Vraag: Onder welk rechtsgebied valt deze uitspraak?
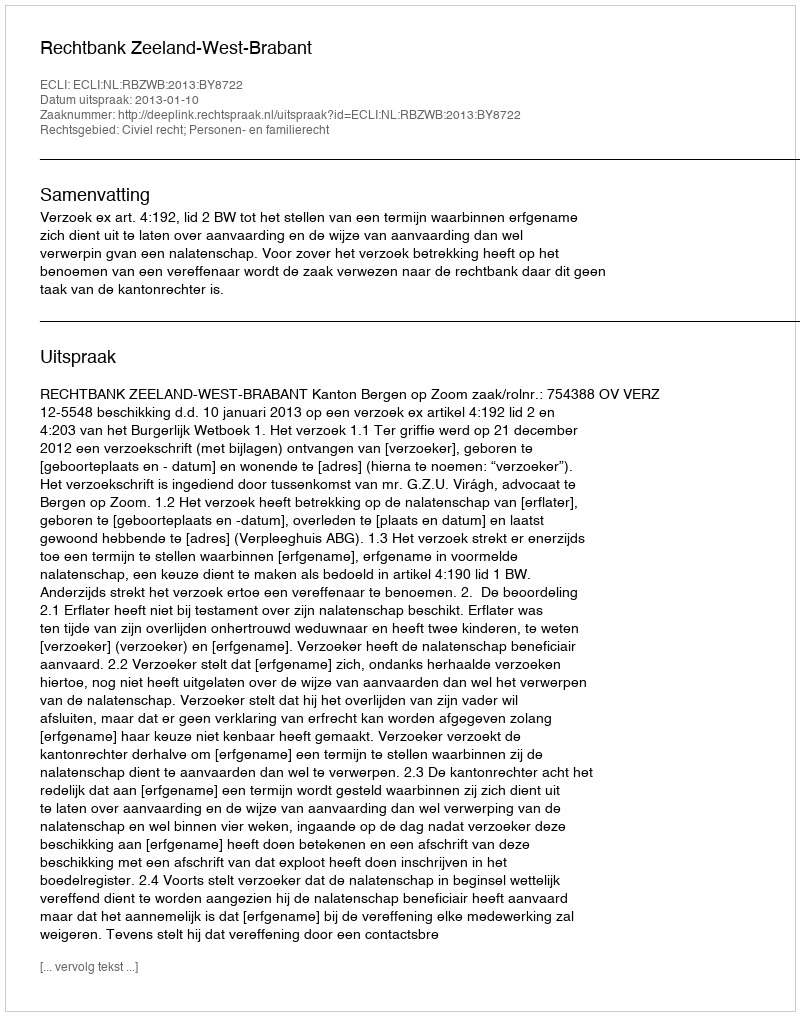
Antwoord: Civiel recht; Personen- en familierecht